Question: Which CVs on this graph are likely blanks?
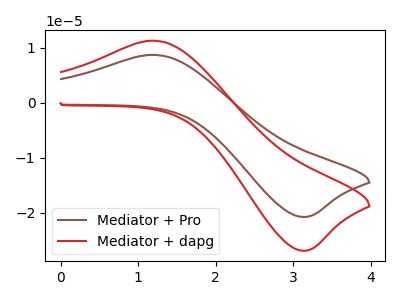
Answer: <think>The brown curve "Mediator + Pro" has an anodic peak at (1.20V, 8.70uA) and a cathodic peak at (3.10V, -20.75uA). The red curve "Mediator + dapg" has an anodic peak at (1.20V, 11.30uA) and a cathodic peak at (3.10V, -26.90uA).</think>
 <answer>There are not any CV's on this graph that are likely to be blanks.</answer>
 <eval>none</eval>